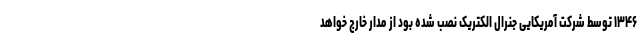
۱۳۴۶ توسط شرکت آمریکایی جنرال الکتریک نصب شده بود از مدار خارج خواهد